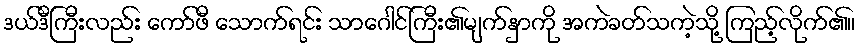
ဒယ်ဒီကြီးလည်း ကော်ဖီ သောက်ရင်း သာဂေါင်ကြီး၏မျက်နှာကို အကဲခတ်သကဲ့သို့ ကြည့်လိုက်၏။